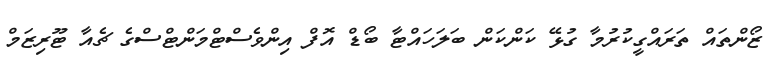
ޒޯންތައް ތަރައްގީކުރުމާ ގުޅޭ ކަންކަން ބަލަހައްޓާ ބޯޑް އޮފް އިންވެސްޓްމަންޓްސްގެ ޗެއާ ޓޫރިޒަމް